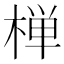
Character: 椫